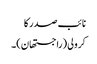
نائب صدر کا
کرولی (راجستھان)۔